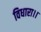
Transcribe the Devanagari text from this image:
विधारा।।